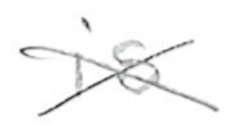
Text: is
Cross-out: mix
Writing tool: pencil